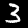
Label: 3